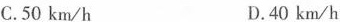
C.50km/h D.40km/h